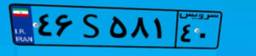
۹۷S۵۱۸۴۹